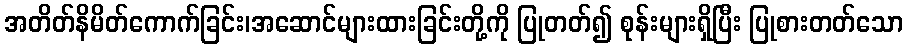
အတိတ်နိမိတ်ကောက်ခြင်း၊အဆောင်များထားခြင်းတို့ကို ပြုတတ်၍ စုန်းများရှိပြီး ပြုစားတတ်သော